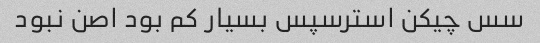
سس چیکن استرسپس بسیار کم بود اصن نبود